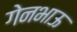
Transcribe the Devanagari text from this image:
गेनभाऊ